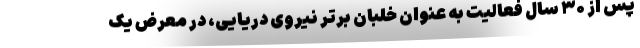
پس از ۳۰ سال فعالیت به عنوان خلبان برتر نیروی دریایی، در معرض یک